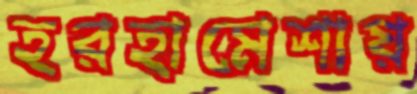
হরহামেশায়